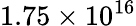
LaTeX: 1.75\times 10^{16}